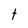
Character: t